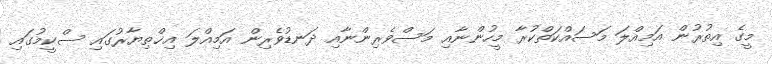
މީގެ އިތުރުން އަމިއްލަ މަސައްކަތްކުރާ މީހުންނާއި މަސްވެރިންނާއި ދަނޑުވެރިން އަމިއްލަ އިޚްތިޔާރުގައި ސްކީމުގައި